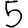
Digit: 5